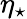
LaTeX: \eta_{\star}